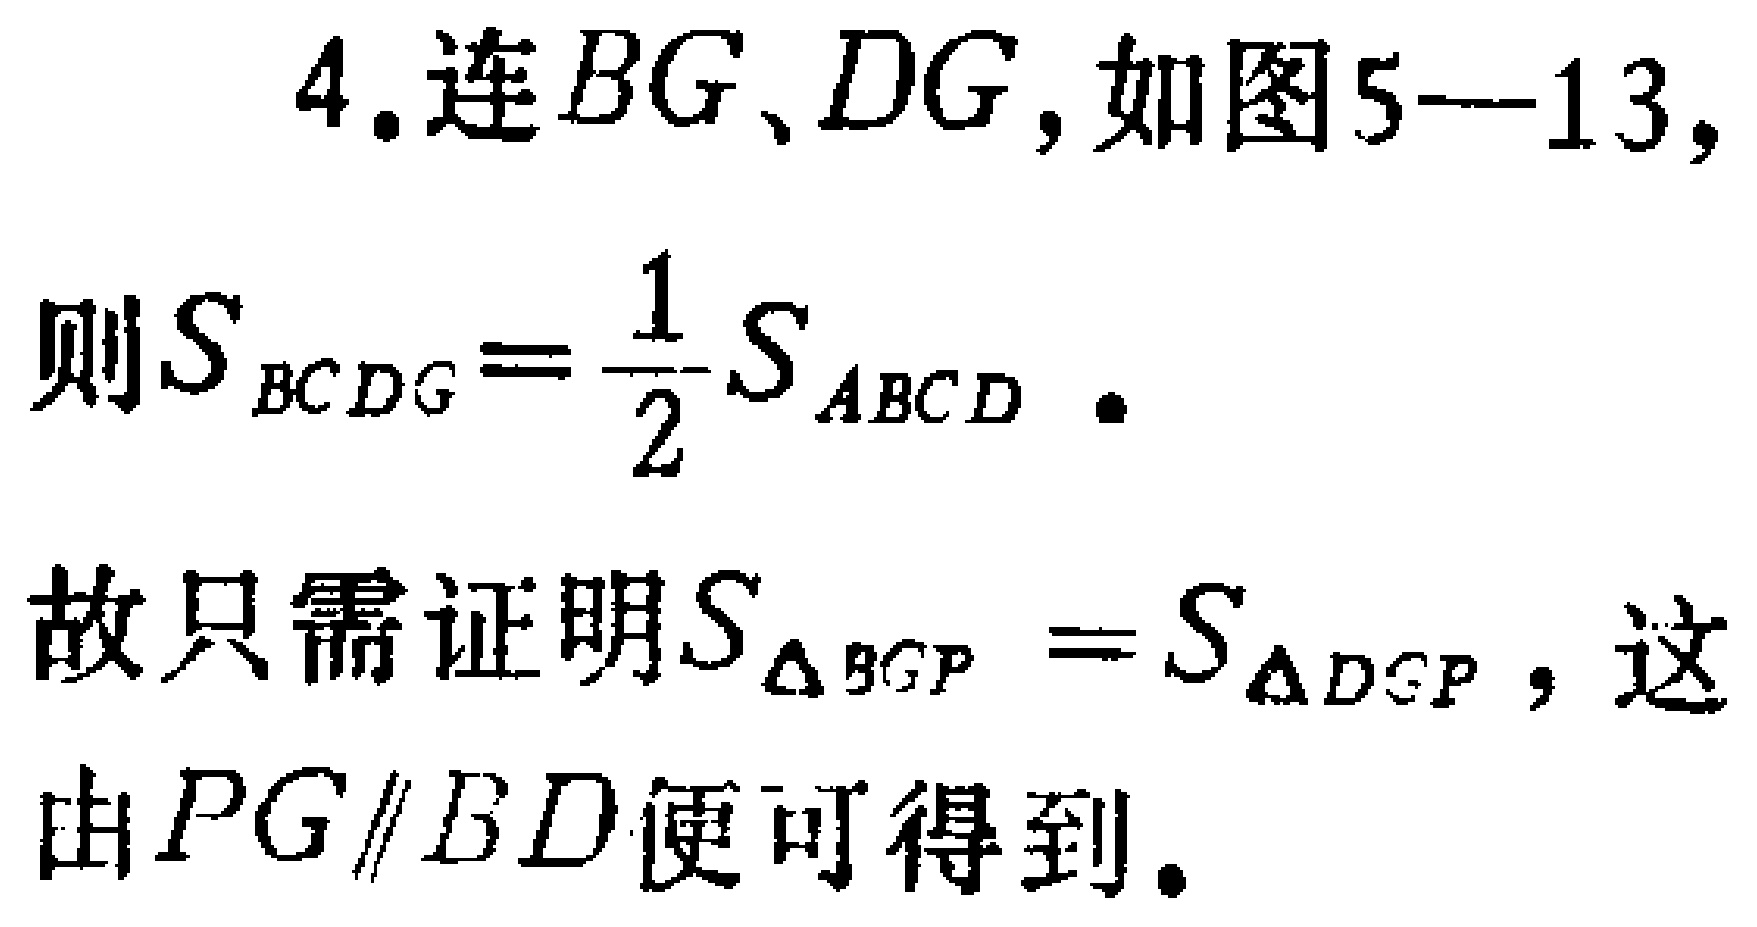
4. 连\(BG\)、\(DG\)，如图5—13，

则\(S_{BCDG}=\frac{1}{2}S_{ABCD}\)。

故只需证明\(S_{\triangle BGP}=S_{\triangle DGP}\)，这

由\(PG\parallel BD\)便可得到。